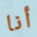
أنا